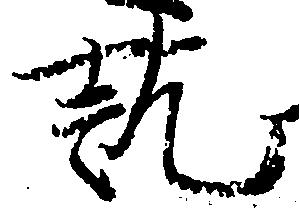
訖